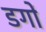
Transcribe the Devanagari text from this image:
डगों